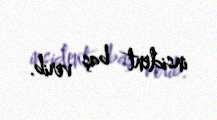
insident baş verib.